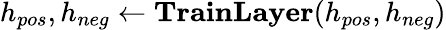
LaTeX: h_{pos},h_{neg}\gets\textbf{TrainLayer}(h_{pos},h_{neg})